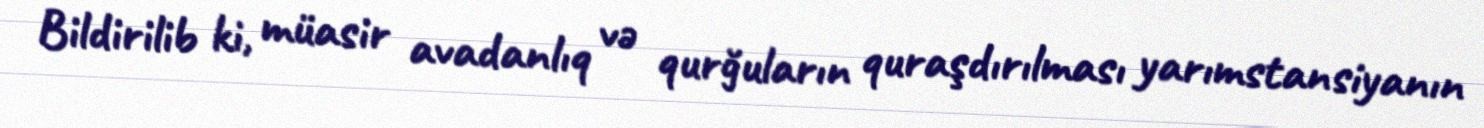
Bildirilib ki, müasir avadanlıq və qurğuların quraşdırılması yarımstansiyanın